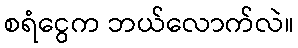
စရံငွေက ဘယ်လောက်လဲ။